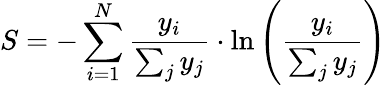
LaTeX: S=-\sum_{i=1}^{N}\frac{y_{i}}{\sum_{j}y_{j}}\cdot\ln\left(\frac{y_{i}}{\sum_{j}y_{j}}\right)